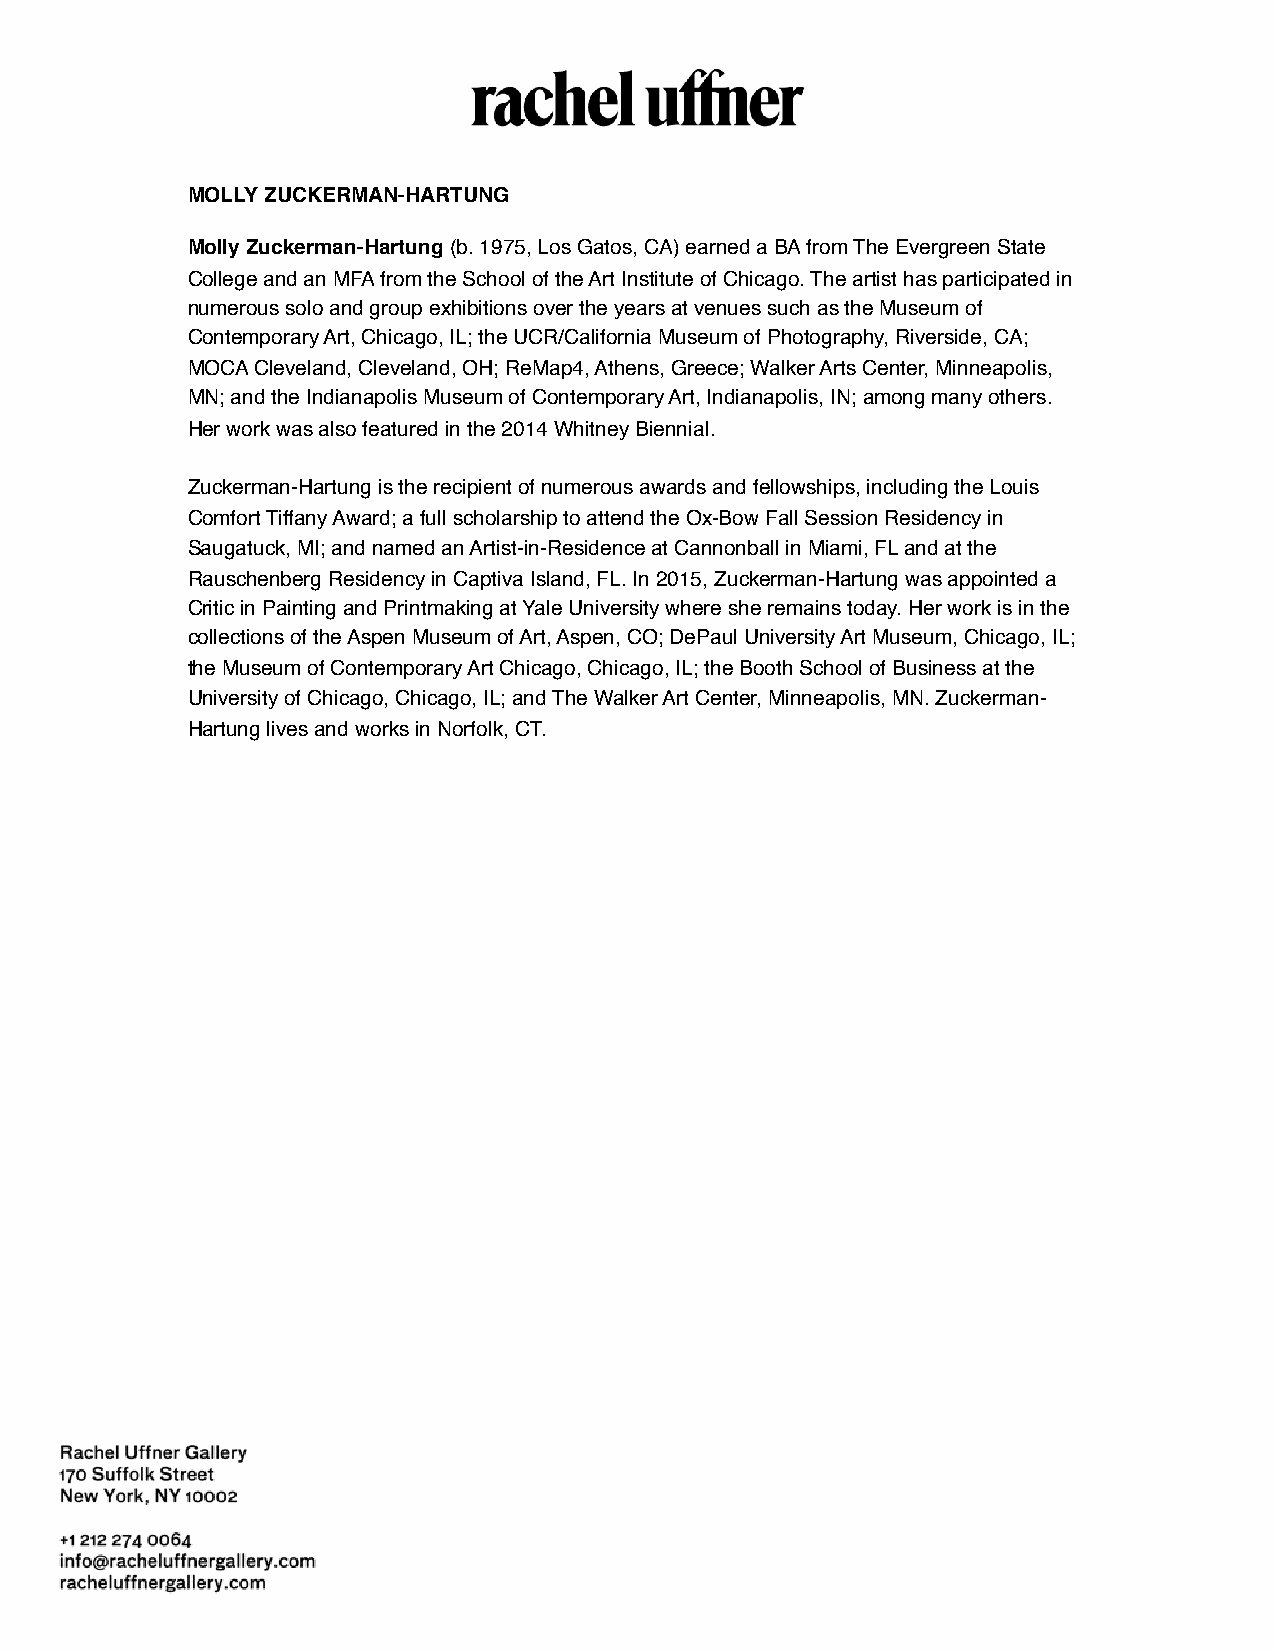
MOLLY ZUCKERMAN-HARTUNG
 Molly Zuckerman-Hartung (b. 1975, Los Gatos, CA) earned a BA from The Evergreen State
 College and an MFA from the School of the Art Institute of Chicago. The artist has participated in
 numerous solo and group exhibitions over the years at venues such as the Museum of
 Contemporary Art, Chicago, IL; the UCR/California Museum of Photography, Riverside, CA;
 MOCA Cleveland, Cleveland, OH; ReMap4, Athens, Greece; Walker Arts Center, Minneapolis,
 MN; and the Indianapolis Museum of Contemporary Art, Indianapolis, IN; among many others.
 Her work was also featured in the 2014 Whitney Biennial.
 Zuckerman-Hartung is the recipient of numerous awards and fellowships, including the Louis
 Comfort Tiffany Award; a full scholarship to attend the Ox-Bow Fall Session Residency in
 Saugatuck, MI; and named an Artist-in-Residence at Cannonball in Miami, FL and at the
 Rauschenberg Residency in Captiva Island, FL. In 2015, Zuckerman-Hartung was appointed a
 Critic in Painting and Printmaking at Yale University where she remains today. Her work is in the
 collections of the Aspen Museum of Art, Aspen, CO; DePaul University Art Museum, Chicago, IL;
 the Museum of Contemporary Art Chicago, Chicago, IL; the Booth School of Business at the
 University of Chicago, Chicago, IL; and The Walker Art Center, Minneapolis, MN. Zuckerman-
 Hartung lives and works in Norfolk, CT.